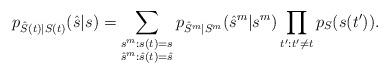
LaTeX: \begin{align*}p_{\hat{S}(t)|S(t)}(\hat{s}|s)=\sum\limits_{\substack{s^m:s(t)=s \\ \hat{s}^m:\hat{s}(t)=\hat{s}}}p_{\hat{S}^m|S^m}(\hat{s}^m|s^m)\prod\limits_{t':t'\neq t}p_S(s(t')).\end{align*}